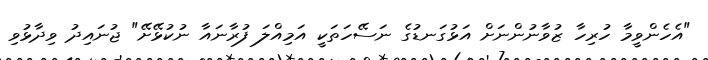
"އެހެންވީމާ ހުރިހާ ޒުވާނުންނަށް އަޅުގަނޑުގެ ނަސޭހަތަކީ އަމިއްލަ ފުރާނައާ ނުކުޅޭށޭ" ޖުނައިދު ވިދާޅުވި